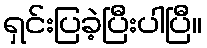
ရှင်းပြခဲ့ပြီးပါပြီ။